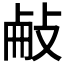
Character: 𢼾